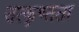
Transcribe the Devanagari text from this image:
उत्कृष्तता